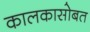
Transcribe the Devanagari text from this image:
कालकासोबत